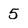
Character: 5